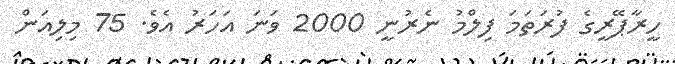
ހީރާޕޭރީގެ ފުރަތަމަ ފިލްމު ނެރުނީ 2000 ވަނަ އަހަރު އެވެ. 75 މިލިއަން